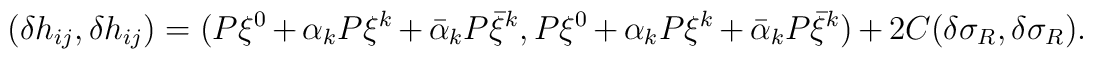
(\delta h_{ij}, \delta h_{ij}) = (P\xi^0+\alpha_k P\xi^{k}+\bar\alpha_k P\bar\xi^{k}, P\xi^0+\alpha_kP\xi^{k}+ \bar\alpha_k P\bar\xi^{k})+ 2C(\delta\sigma_R, \delta\sigma_R).